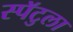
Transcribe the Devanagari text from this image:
स्पॅटुला